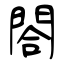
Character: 閤